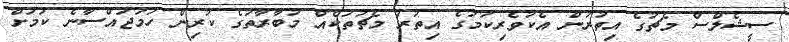
ސީޝެލްސް މެޗުގެ އިތުރުން އެކުވެރިކަމުގެ އިތުރު މެޗުތަކެއް މުބާރާތުގެ ކުރިން ހަމަޖައްސާނެ ކަމަށް